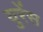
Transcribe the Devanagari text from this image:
युरेंस